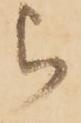
被